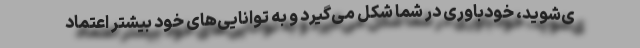
ی‌شوید، خودباوری در شما شکل می‌گیرد و به توانایی‌های خود بیشتر اعتماد